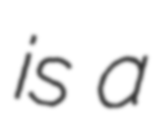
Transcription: is a